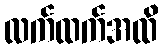
လက်ထက်အထိ